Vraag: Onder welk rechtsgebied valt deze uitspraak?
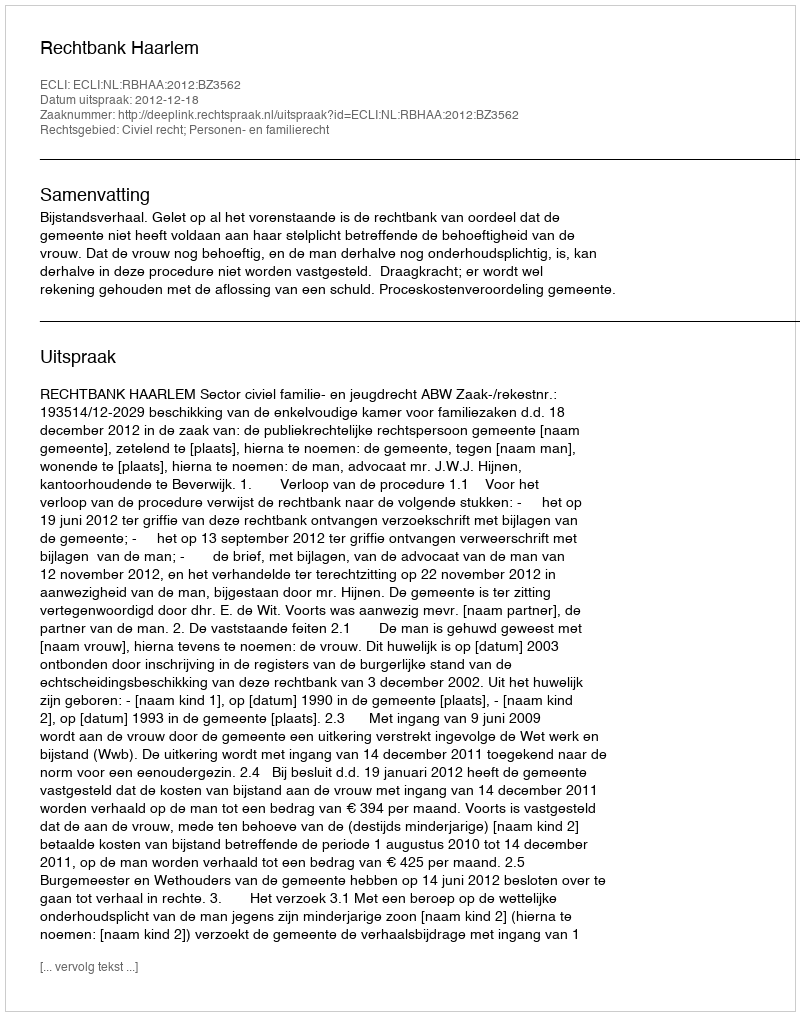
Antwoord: Civiel recht; Personen- en familierecht